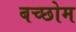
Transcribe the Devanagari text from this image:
बच्छोम